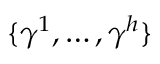
\{ \gamma ^ { 1 } , \ldots , \gamma ^ { h } \}